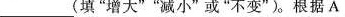
___(填”增大””减小”或”不变”)。根据A